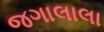
જગાલાલા